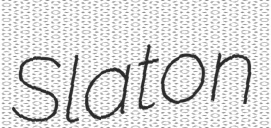
Slaton